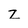
Character: z